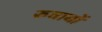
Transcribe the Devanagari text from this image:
रुवाबों